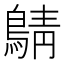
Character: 𪂴